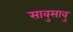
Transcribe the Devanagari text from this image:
सावुसावु